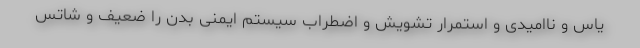
یاس و ناامیدی و استمرار تشویش و اضطراب سیستم ایمنی بدن را ضعیف و شاتس